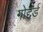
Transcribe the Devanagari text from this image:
गोद्दर्ड